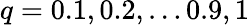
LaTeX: q=0.1,0.2,\ldots 0.9,1